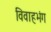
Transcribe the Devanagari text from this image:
विवाहभंग